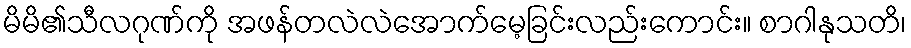
မိမိ၏သီလဂုဏ်ကို အဖန်တလဲလဲအောက်မေ့ခြင်းလည်းကောင်း။ စာဂါနုသတိ၊